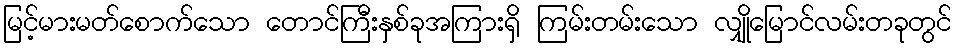
မြင့်မားမတ်စောက်သော တောင်ကြီးနှစ်ခုအကြားရှိ ကြမ်းတမ်းသော လျှိုမြောင်လမ်းတခုတွင်